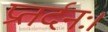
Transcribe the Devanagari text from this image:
प्रतर्दनः।